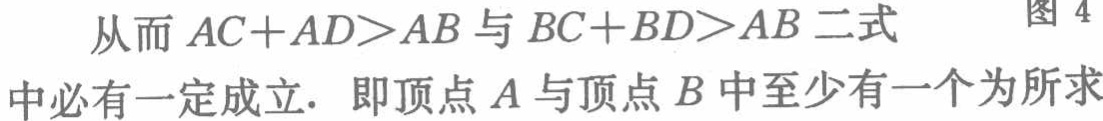
从而 \(AC + AD>AB\) 与 \(BC + BD>AB\) 二式

中必有一定成立. 即顶点 \(A\) 与顶点 \(B\) 中至少有一个为所求